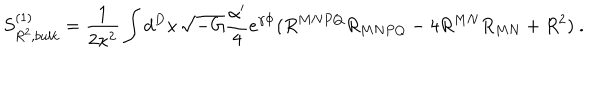
S _ { R ^ { 2 } , b u l k } ^ { ( 1 ) } = \frac { 1 } { 2 \kappa ^ { 2 } } \int d ^ { D } x \, \sqrt { - G } \frac { \alpha ^ { \prime } } { 4 } e ^ { \gamma \Phi } ( R ^ { M N P Q } R _ { M N P Q } - 4 R ^ { M N } R _ { M N } + R ^ { 2 } ) ~ .